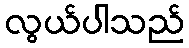
လွယ်ပါသည်